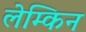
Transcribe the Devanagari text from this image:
लेम्किन